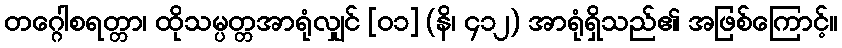
တဂ္ဂေါစရတ္တာ၊ ထိုသမ္ပတ္တအာရုံလျှင် [၀၁] (နိ၊ ၄၁၂) အာရုံရှိသည်၏ အဖြစ်ကြောင့်။